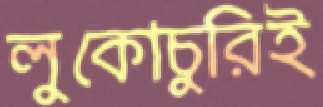
লুকোচুরিই